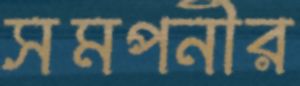
সমপনীর